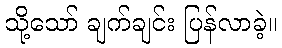
သို့သော် ချက်ချင်း ပြန်လာခဲ့။